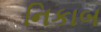
નિકાબ